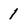
Character: 1